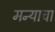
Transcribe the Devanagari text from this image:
मन्याचा